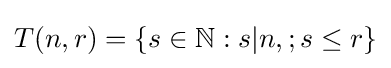
T(n,r)=\{s\in \mathbb {N} :s|n,;s\leq r\}